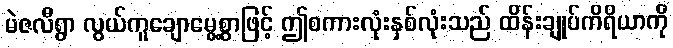
မဲဇလီရွာ လွယ်ကူချောမွေ့စွာဖြင့် ဤစကားလုံးနှစ်လုံးသည် ထိန်းချုပ်ကိရိယာကို